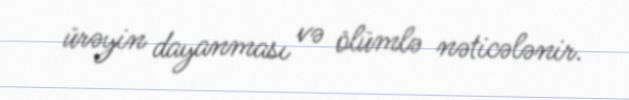
ürəyin dayanması və ölümlə nəticələnir.